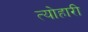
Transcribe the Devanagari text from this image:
त्योहारी